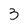
Character: 3